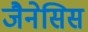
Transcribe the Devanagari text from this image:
जैनेसिस